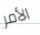
الأمر